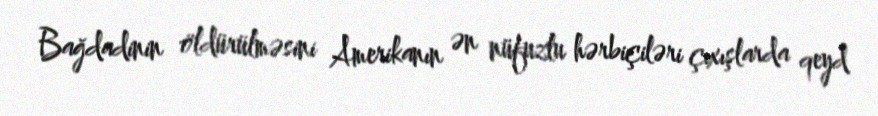
Bağdadinin öldürülməsini Amerikanın ən nüfuzlu hərbiçiləri çıxışlarda qeyd